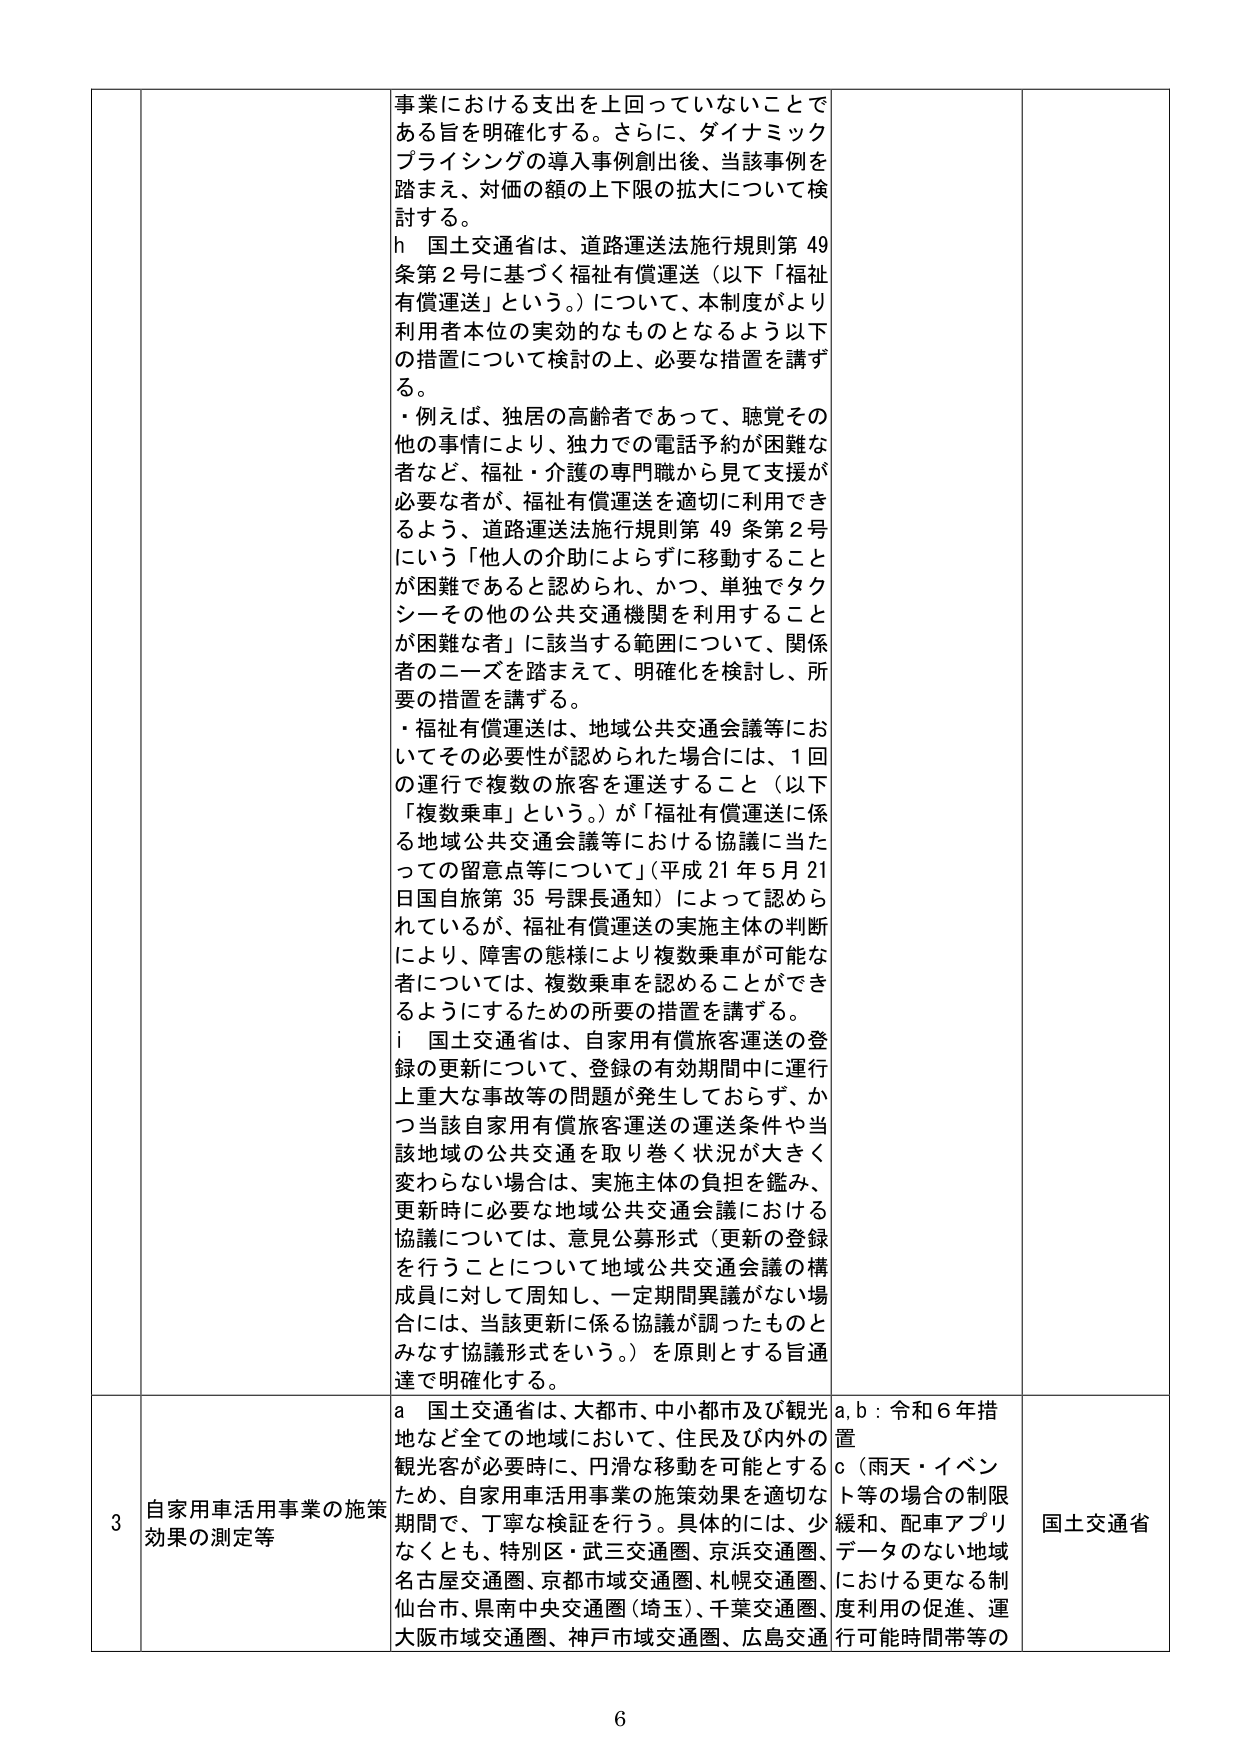
事業における支出を上回っていないことである旨を明確化する。さらに、ダイナミックプライシングの導入事例創出後、当該事例を踏まえ、対価の額の上下限の拡大について検討する。

h 国土交通省は、道路運送法施行規則第49条第2号に基づく福祉有償運送（以下「福祉有償運送」という。）について、本制度がより利用者本位の実効的なものとなるよう以下の措置について検討の上、必要な措置を講ずる。

・例えば、独居の高齢者であって、聴覚その他の事情により、独力での電話予約が困難な者など、福祉・介護の専門職から見て支援が必要な者が、福祉有償運送を適切に利用できるよう、道路運送法施行規則第49条第2号にいう「他人の介助によらずに移動することが困難であると認められ、かつ、単独でタクシーその他の公共交通機関を利用することが困難な者」に該当する範囲について、関係者のニーズを踏まえて、明確化を検討し、所要の措置を講ずる。

・福祉有償運送は、地域公共交通会議等においてその必要性が認められた場合には、1回の運行で複数の旅客を運送すること（以下「複数乗車」という。）が「福祉有償運送に係る地域公共交通会議等における協議に当たっての留意点等について」（平成21年5月21日国自旅第35号課長通知）によって認められているが、福祉有償運送の実施主体の判断により、障害の態様により複数乗車が可能な者については、複数乗車を認めることができるようにするための所要の措置を講ずる。

i 国土交通省は、自家用有償旅客運送の登録の更新について、登録の有効期間中に運行上重大な事故等の問題が発生しておらず、かつ当該自家用有償旅客運送の運送条件や当該地域の公共交通を取り巻く状況が大きく変わらない場合は、実施主体の負担を鑑み、更新時に必要な地域公共交通会議における協議については、意見公募形式（更新の登録を行うことについて地域公共交通会議の構成員に対して周知し、一定期間異議がない場合には、当該更新に係る協議が調ったものとみなす協議形式をいう。）を原則とする旨通達で明確化する。

3 自家用車活用事業の施策効果の測定等

a 国土交通省は、大都市、中小都市及び観光地など全ての地域において、住民及び内外の観光客が必要時に、円滑な移動を可能とするため、自家用車活用事業の施策効果を適切な期間で、丁寧な検証を行う。具体的には、少なくとも、特別区・武三交通圏、京浜交通圏、名古屋交通圏、京都市域交通圏、札幌交通圏、仙台市、県南中央交通圏（埼玉）、千葉交通圏、大阪市域交通圏、神戸市域交通圏、広島交通

a,b：令和6年措置

c（雨天・イベント等の場合の制限緩和、配車アプリデータのない地域における更なる制度利用の促進、運行可能時間帯等の

国土交通省

6